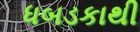
ધબડકાથી